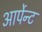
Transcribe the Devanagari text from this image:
आर्पेन्ट